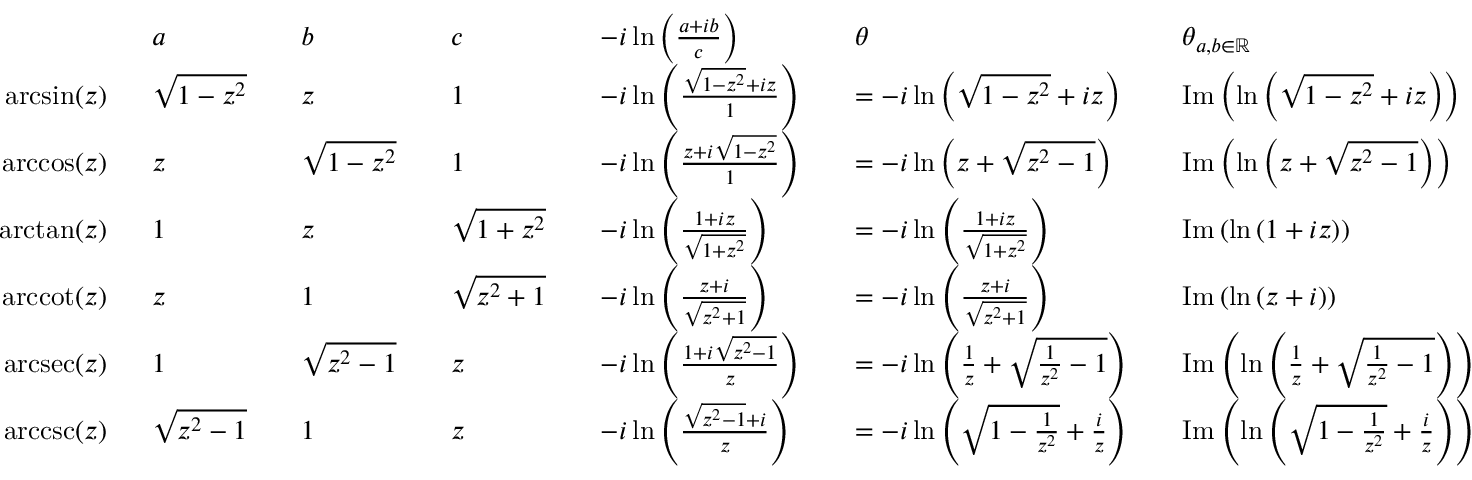
{ \begin{array} { r l r l r l r l r l r l } & { a } & & { b } & & { c } & & { - i \ln \left( { \frac { a + i b } { c } } \right) } & & { \theta } & & { \theta _ { a , b \in \mathbb { R } } } \\ { \arcsin ( z ) \ \ } & { { \sqrt { 1 - z ^ { 2 } } } } & & { z } & & { 1 } & & { - i \ln \left( { \frac { { \sqrt { 1 - z ^ { 2 } } } + i z } { 1 } } \right) } & & { = - i \ln \left( { \sqrt { 1 - z ^ { 2 } } } + i z \right) } & & { \operatorname { I m } \left( \ln \left( { \sqrt { 1 - z ^ { 2 } } } + i z \right) \right) } \\ { \operatorname { a r c c o s } ( z ) \ \ } & { z } & & { { \sqrt { 1 - z ^ { 2 } } } } & & { 1 } & & { - i \ln \left( { \frac { z + i { \sqrt { 1 - z ^ { 2 } } } } { 1 } } \right) } & & { = - i \ln \left( z + { \sqrt { z ^ { 2 } - 1 } } \right) } & & { \operatorname { I m } \left( \ln \left( z + { \sqrt { z ^ { 2 } - 1 } } \right) \right) } \\ { \arctan ( z ) \ \ } & { 1 } & & { z } & & { { \sqrt { 1 + z ^ { 2 } } } } & & { - i \ln \left( { \frac { 1 + i z } { \sqrt { 1 + z ^ { 2 } } } } \right) } & & { = - i \ln \left( { \frac { 1 + i z } { \sqrt { 1 + z ^ { 2 } } } } \right) } & & { \operatorname { I m } \left( \ln \left( 1 + i z \right) \right) } \\ { \operatorname { a r c c o t } ( z ) \ \ } & { z } & & { 1 } & & { { \sqrt { z ^ { 2 } + 1 } } } & & { - i \ln \left( { \frac { z + i } { \sqrt { z ^ { 2 } + 1 } } } \right) } & & { = - i \ln \left( { \frac { z + i } { \sqrt { z ^ { 2 } + 1 } } } \right) } & & { \operatorname { I m } \left( \ln \left( z + i \right) \right) } \\ { \operatorname { a r c s e c } ( z ) \ \ } & { 1 } & & { { \sqrt { z ^ { 2 } - 1 } } } & & { z } & & { - i \ln \left( { \frac { 1 + i { \sqrt { z ^ { 2 } - 1 } } } { z } } \right) } & & { = - i \ln \left( { \frac { 1 } { z } } + { \sqrt { { \frac { 1 } { z ^ { 2 } } } - 1 } } \right) } & & { \operatorname { I m } \left( \ln \left( { \frac { 1 } { z } } + { \sqrt { { \frac { 1 } { z ^ { 2 } } } - 1 } } \right) \right) } \\ { \operatorname { a r c c s c } ( z ) \ \ } & { { \sqrt { z ^ { 2 } - 1 } } } & & { 1 } & & { z } & & { - i \ln \left( { \frac { { \sqrt { z ^ { 2 } - 1 } } + i } { z } } \right) } & & { = - i \ln \left( { \sqrt { 1 - { \frac { 1 } { z ^ { 2 } } } } } + { \frac { i } { z } } \right) } & & { \operatorname { I m } \left( \ln \left( { \sqrt { 1 - { \frac { 1 } { z ^ { 2 } } } } } + { \frac { i } { z } } \right) \right) } \end{array} }